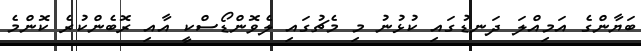
ބަޔާންގެ އަމިއްލަ ދަނޑުގައި ކުޅުނު މި މެޗުގައި ލެވޮންޑޯސްކީ އާއި ރޮބެންކުރެ ކޮންމެ